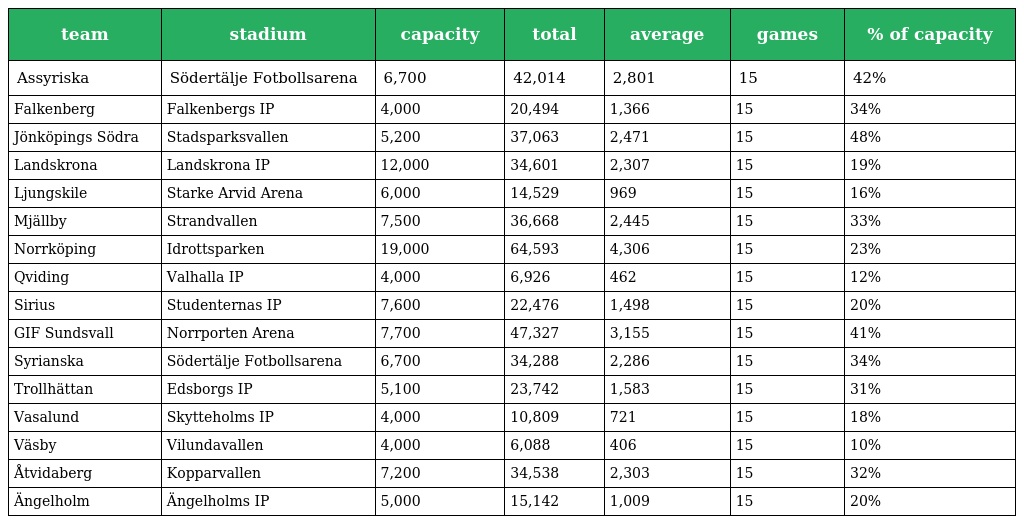
| team | stadium | capacity | total | average | games | % of capacity |
 | --- | --- | --- | --- | --- | --- | --- |
 | Assyriska | Södertälje Fotbollsarena | 6,700 | 42,014 | 2,801 | 15 | 42% |
 | Falkenberg | Falkenbergs IP | 4,000 | 20,494 | 1,366 | 15 | 34% |
 | Jönköpings Södra | Stadsparksvallen | 5,200 | 37,063 | 2,471 | 15 | 48% |
 | Landskrona | Landskrona IP | 12,000 | 34,601 | 2,307 | 15 | 19% |
 | Ljungskile | Starke Arvid Arena | 6,000 | 14,529 | 969 | 15 | 16% |
 | Mjällby | Strandvallen | 7,500 | 36,668 | 2,445 | 15 | 33% |
 | Norrköping | Idrottsparken | 19,000 | 64,593 | 4,306 | 15 | 23% |
 | Qviding | Valhalla IP | 4,000 | 6,926 | 462 | 15 | 12% |
 | Sirius | Studenternas IP | 7,600 | 22,476 | 1,498 | 15 | 20% |
 | GIF Sundsvall | Norrporten Arena | 7,700 | 47,327 | 3,155 | 15 | 41% |
 | Syrianska | Södertälje Fotbollsarena | 6,700 | 34,288 | 2,286 | 15 | 34% |
 | Trollhättan | Edsborgs IP | 5,100 | 23,742 | 1,583 | 15 | 31% |
 | Vasalund | Skytteholms IP | 4,000 | 10,809 | 721 | 15 | 18% |
 | Väsby | Vilundavallen | 4,000 | 6,088 | 406 | 15 | 10% |
 | Åtvidaberg | Kopparvallen | 7,200 | 34,538 | 2,303 | 15 | 32% |
 | Ängelholm | Ängelholms IP | 5,000 | 15,142 | 1,009 | 15 | 20% |